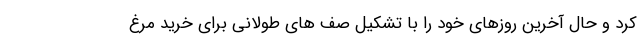
کرد و حال آخرین روزهای خود را با تشکیل صف های طولانی برای خرید مرغ